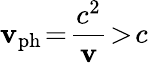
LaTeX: \mathbf{v}_{\mathrm{{ph}}}\! =\! \frac{{c^{2}}}{{\mathbf{v}}}\! >\! c